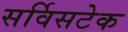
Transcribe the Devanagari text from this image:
सर्विसटेक